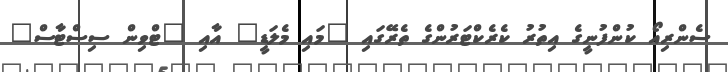
ސެންރިއޯ ކުންފުނީގެ އިތުރު ކެރެކްޓަރުންގެ ތެރޭގައި "މައި މެލަޑީ" އާއި "ޓްވިން ސިސްޓާސް"